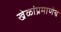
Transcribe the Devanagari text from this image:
खेळांप्रमाणेच